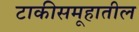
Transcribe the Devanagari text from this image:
टाकीसमूहातील